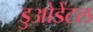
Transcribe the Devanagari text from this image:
डुओडेंटल